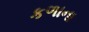
કળાના